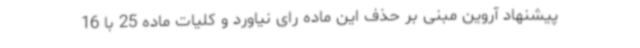
پیشنهاد آروین مبنی بر حذف این ماده رای نیاورد و کلیات ماده 25 با 16